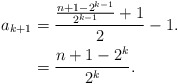
\begin{align*}a_{k+1}&=\frac{\frac{n+1-2^{k-1}}{2^{k-1}}+1}{2}-1.\\&=\frac{n+1-2^k}{2^k}.\end{align*}